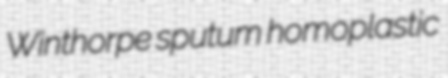
Winthorpe sputum homoplastic